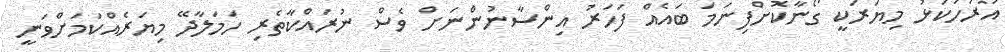
އުރަހަކަޅު މިޔަރަކީ ގޯނާކޮށްފިނަމަ ބައެއް ފަހަރު އިންސާނުންނަށް ވެސް ނުރައްކާތެރި ހަމަލާދޭ މިޔަރެއްކަމަށްވަނީ